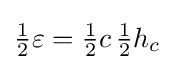
{\tfrac {1}{2}}\varepsilon ={\tfrac {1}{2}}c\,{\tfrac {1}{2}}h_{c}